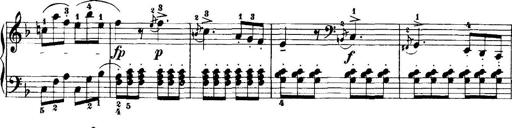
Title: 7 Sonatinas
Composer: Anton Diabelli